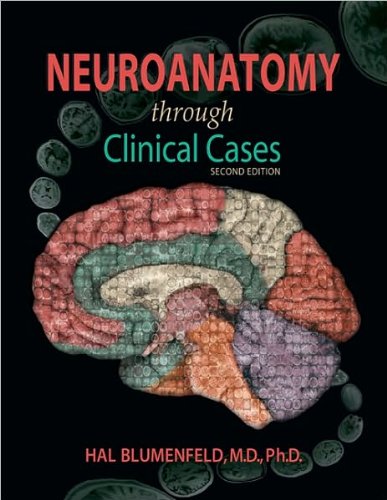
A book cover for Neuroanatomy Through Clinical Cases (text only) 2nd(Second) edition by H. Blumenfeld; H. Blumenfeld; Medical Books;